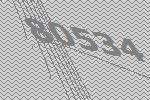
80534